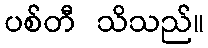
ပစ်တီ သိသည်။